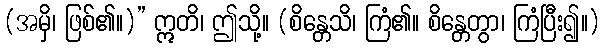
(အမှိ၊ ဖြစ်၏။)” ဣတိ၊ ဤသို့။ (စိန္တေသိ၊ ကြံ၏။ စိန္တေတွာ၊ ကြံပြီး၍။)